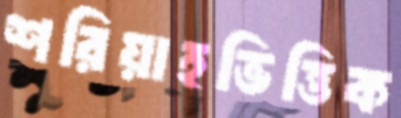
শরিয়াহভিত্তিক